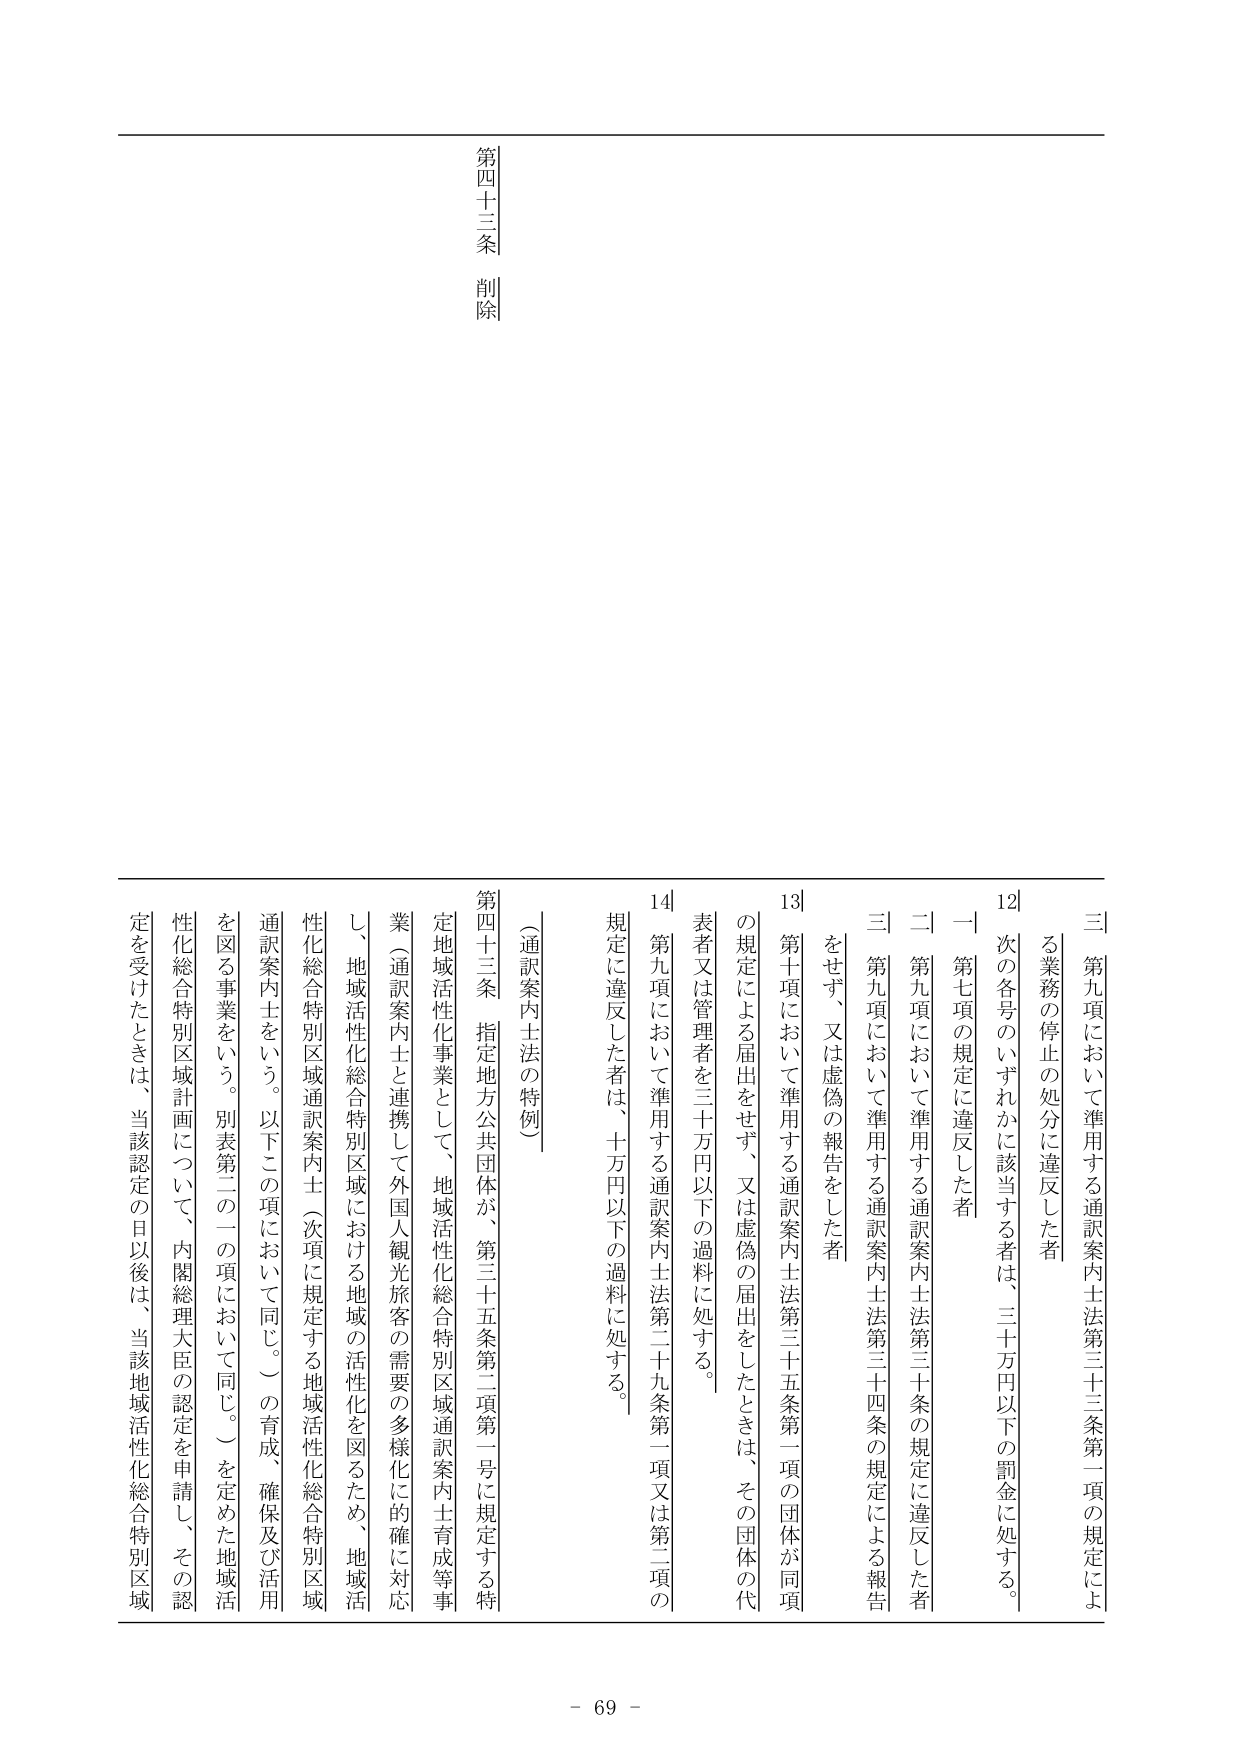
第四十三条 削除

（通訳案内士法の特例）

第四十三条 指定地方公共団体が、第三十五条第二項第一号に規定する特定地域活性化事業として、地域活性化総合特別区域通訳案内士育成等事業（通訳案内士と連携して外国人観光旅客の需要の多様化に的確に対応し、地域活性化総合特別区域における地域の活性化を図るため、地域活性化総合特別区域通訳案内士（次項に規定する地域活性化総合特別区域通訳案内士をいう。以下この項において同じ。）の育成、確保及び活用を図る事業をいう。別表第二の二の項において同じ。）を定めた地域活性化総合特別区域計画について、内閣総理大臣の認定を申請し、その認定を受けたときは、当該認定の日以後は、当該地域活性化総合特別区域

三 第九項において準用する通訳案内士法第三十三条第一項の規定による業務の停止の処分に違反した者

12 次の各号のいずれかに該当する者は、三十万円以下の罰金に処する。

一 第七項の規定に違反した者

二 第九項において準用する通訳案内士法第三十条の規定に違反した者

三 第九項において準用する通訳案内士法第三十四条の規定による報告をせず、又は虚偽の報告をした者

13 第十項において準用する通訳案内士法第三十五条第一項の団体が同項の規定による届出をせず、又は虚偽の届出をしたときは、その団体の代表者又は管理者を三十万円以下の過料に処する。

14 第九項において準用する通訳案内士法第二十九条第一項又は第二項の規定に違反した者は、十万円以下の過料に処する。

- 69 -